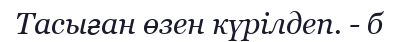
Тасыған өзен күрілдеп. - б